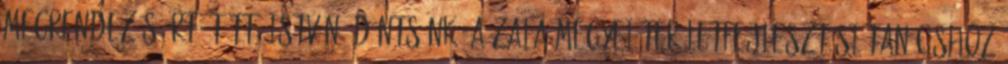
megrendezéséért. Tüttő István: Döntsünk, a Zala Megyei Területfejlesztési Tanácshoz